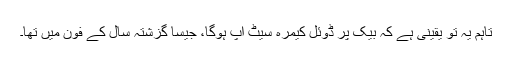
تاہم یہ تو یقینی ہے کہ بیک پر ڈوئل کیمرہ سیٹ اپ ہوگا، جیسا گزشتہ سال کے فون میں تھا۔